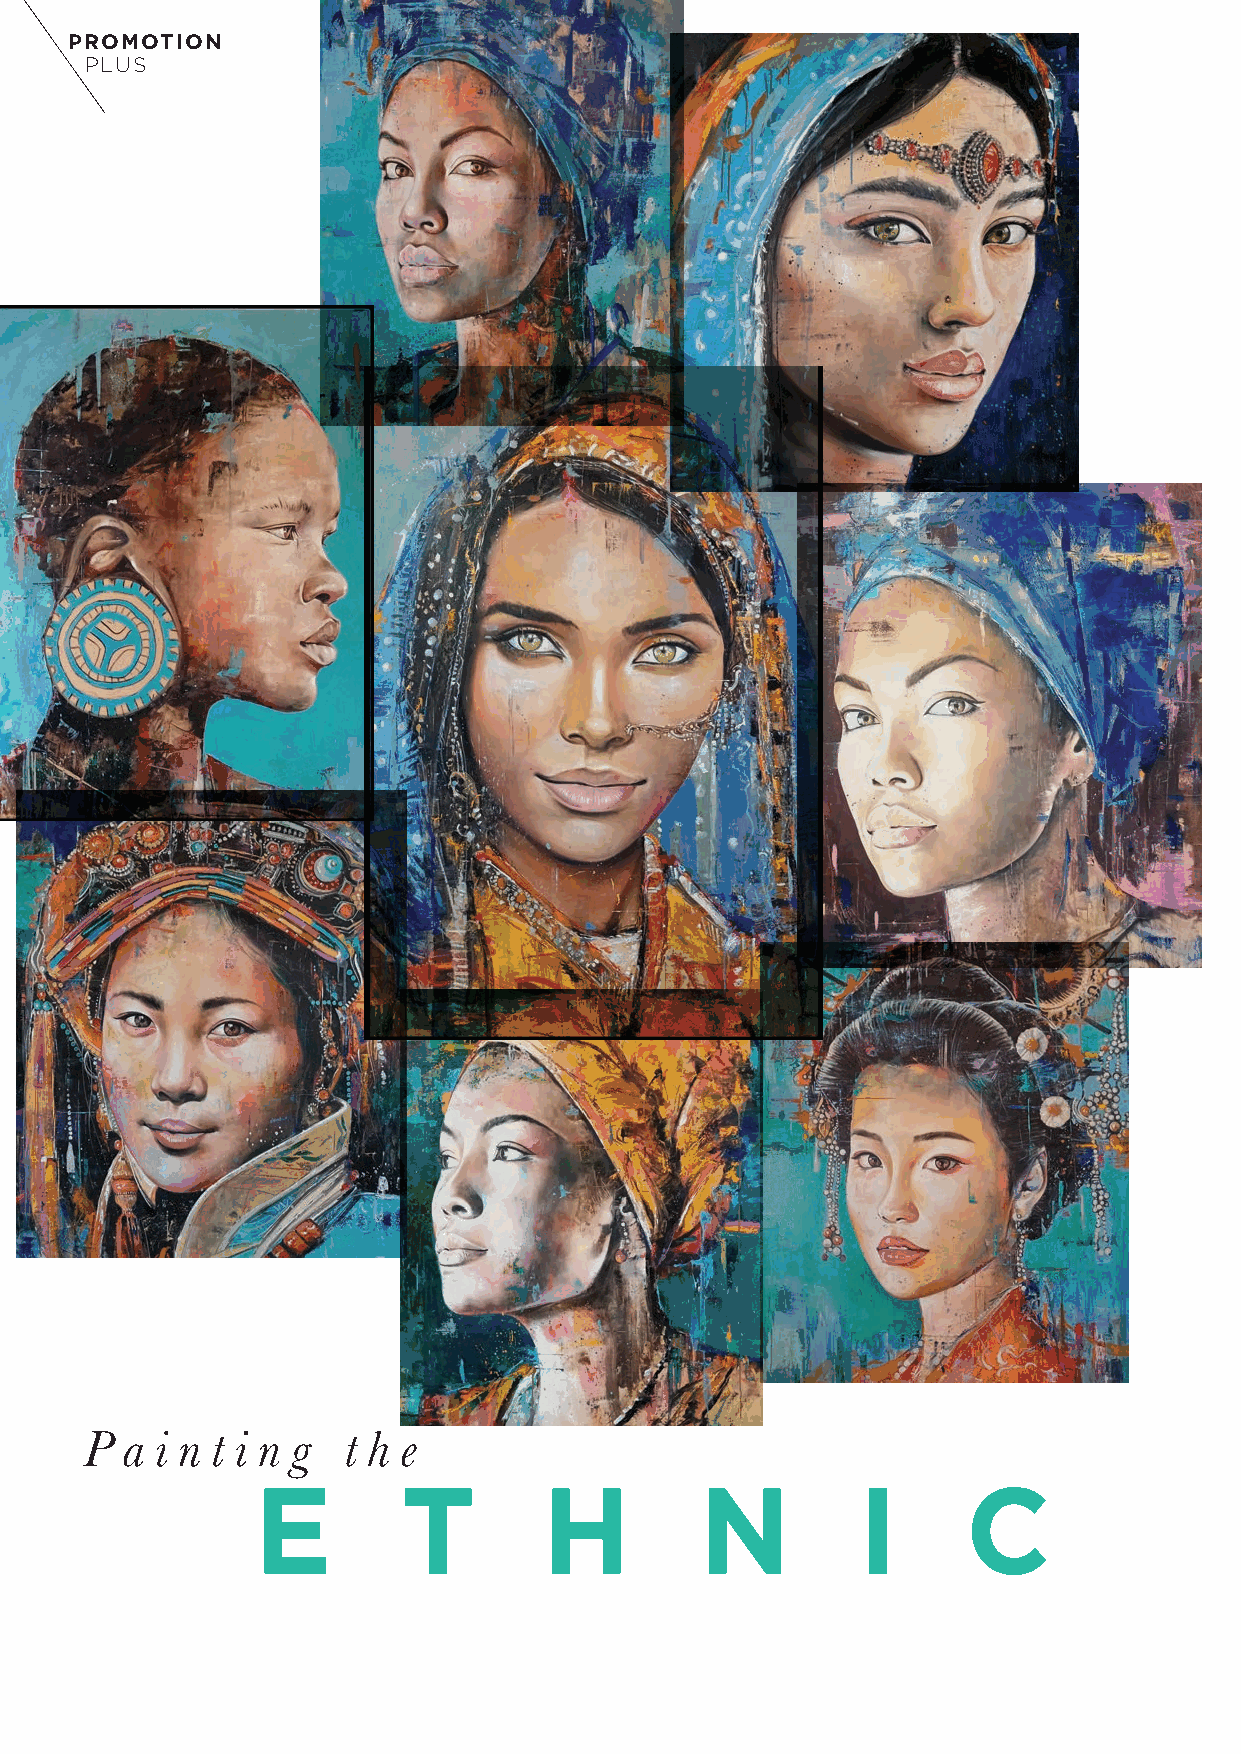
PROMOTION
 PLUS
 A
 P a i n t i n g  t h e
 E         T        H         N          I      C